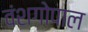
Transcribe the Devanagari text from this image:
वंशगोपाल